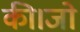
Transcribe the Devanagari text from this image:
की।जो